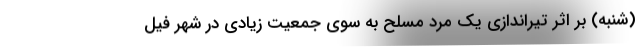
(شنبه) بر اثر تیراندازی یک مرد مسلح به سوی جمعیت زیادی در شهر فیل